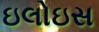
ઇલોઇસ